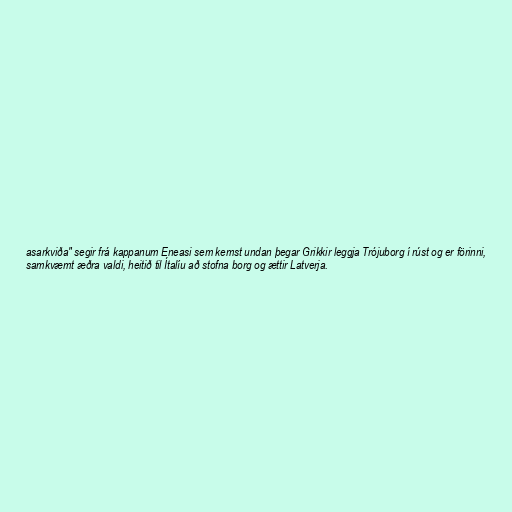
asarkviða" segir frá kappanum Eneasi sem kemst undan þegar Grikkir leggja Trójuborg í rúst og er förinni,
samkvæmt æðra valdi, heitið til Ítalíu að stofna borg og ættir Latverja.